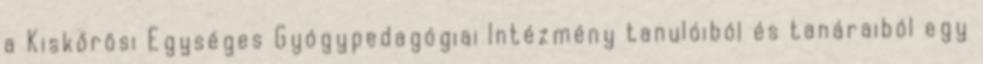
a Kiskőrösi Egységes Gyógypedagógiai Intézmény tanulóiból és tanáraiból egy